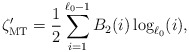
\begin{align*}\zeta_\mathrm{MT}' = \frac{1}{2} \sum_{i=1}^{\ell_0-1} B_2(i)\log_{\ell_0}(i),\end{align*}